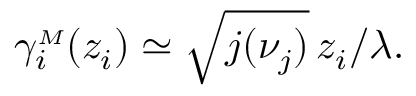
\gamma _ { i } ^ { { \scriptscriptstyle M } } ( z _ { i } ) \simeq \sqrt { j ( \nu _ { j } ) } \, z _ { i } / \lambda .